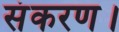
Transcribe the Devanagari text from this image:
संकरण।